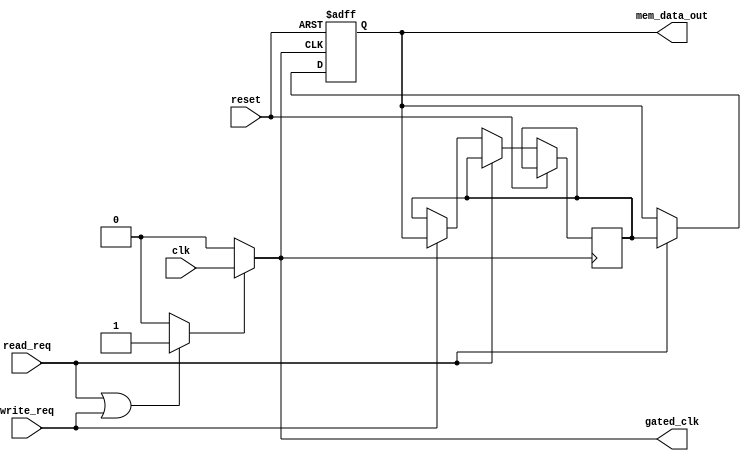
module dynamic_clock_gating(
    input wire clk,               // Input clock
    input wire reset,             // Reset signal
    input wire read_req,          // Read request signal
    input wire write_req,         // Write request signal
    output reg gated_clk,         // Gated clock output
    output reg [7:0] mem_data_out // Memory data output
);

// Memory array
reg [7:0] memory [0:255]; // 256x8 memory

// Clock gating control signal
reg gating_signal;

// Gating signal logic to determine when to enable clock
always @(*) begin
    if (read_req || write_req) begin
        gating_signal = 1'b1; // Active: if there's a read or write request
    end else begin
        gating_signal = 1'b0; // Idle: no requests
    end
end

// Clock gating cell
always @(*) begin
    gated_clk = gating_signal ? clk : 1'b0; // Gated clock output
end

// Simple memory operation with gated clock
always @(posedge gated_clk or posedge reset) begin
    if (reset) begin
        mem_data_out <= 8'b0; // Reset memory data output
    end else if (read_req) begin
        // Simulate read operation
        mem_data_out <= memory[0]; // For example, read from address 0
    end else if (write_req) begin
        // Simulate write operation
        memory[0] <= mem_data_out; // For example, write to address 0
    end
end

endmodule